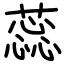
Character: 蕊